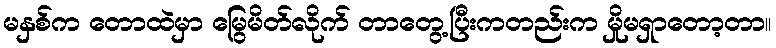
မနှစ်က တောထဲမှာ မြွေမိတ်လိုက် တာတွေ့ပြီးကတည်းက မှိုမရှာတော့တာ။